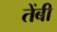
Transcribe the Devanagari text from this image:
तेंबी